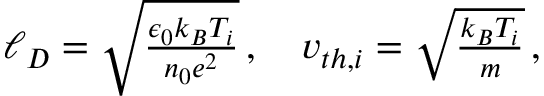
\begin{array} { r } { \ell _ { D } = \sqrt { \frac { \epsilon _ { 0 } k _ { B } T _ { i } } { n _ { 0 } e ^ { 2 } } } \, , \quad v _ { t h , i } = \sqrt { \frac { k _ { B } T _ { i } } { m } } \, , } \end{array}